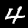
Label: 4